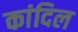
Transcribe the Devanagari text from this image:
कांदिल